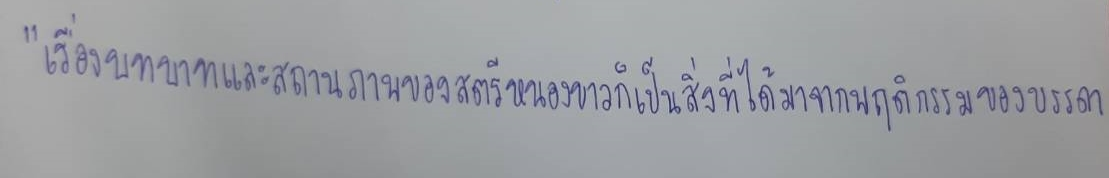
"เรื่องบทบาทและสถานภาพของสตรีหนองขาวก็เป็นสิ่งที่ได้มาจากพฤติกรรมของบรรดา